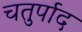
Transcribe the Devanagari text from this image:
चतुर्पाद